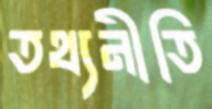
তথ্যনীতি